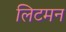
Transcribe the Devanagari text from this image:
लिटमन